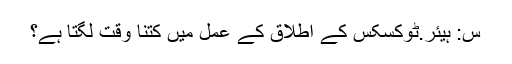
س: ہیئر.ٹوکسکس کے اطلاق کے عمل میں کتنا وقت لگتا ہے؟